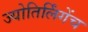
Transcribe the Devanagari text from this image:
ज्योतिर्लिंगेंच